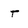
Character: T